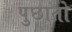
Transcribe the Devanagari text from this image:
पुछातो